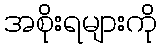
အစိုးရများကို